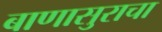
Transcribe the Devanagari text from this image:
बाणासुराचा